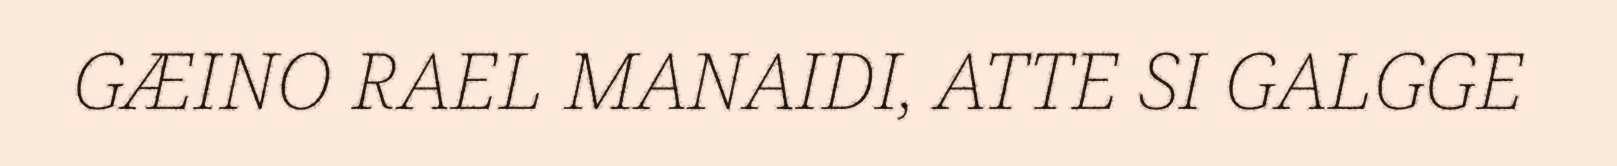
GÆINO RAEL MANAIDI, ATTE SI GALGGE